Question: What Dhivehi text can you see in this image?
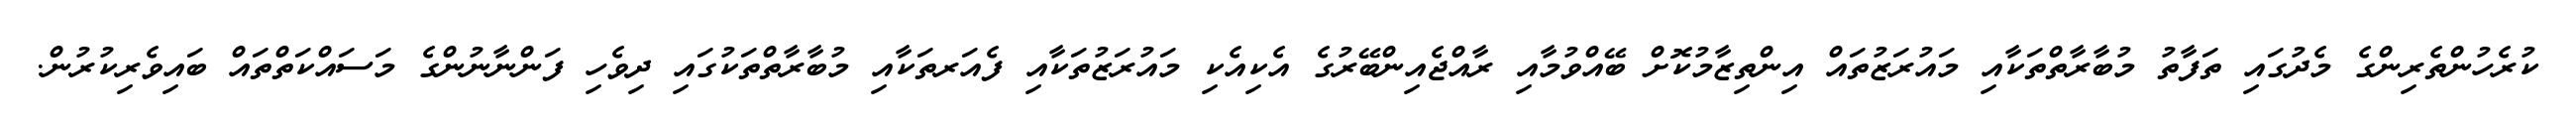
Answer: ކުރެހުންތެރިންގެ މެދުގައި ތަފާތު މުބާރާތްތަކާއި މައުރަޒުތައް އިންތިޒާމުކޮށް ބޭއްވުމާއި ރާއްޖެއިންބޭރުގެ އެކިއެކި މައުރަޒުތަކާއި ފެއަރތަކާއި މުބާރާތްތަކުގައި ދިވެހި ފަންނާނުންގެ މަސައްކަތްތައް ބައިވެރިކުރުން.